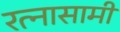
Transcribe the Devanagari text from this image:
रत्नासामी